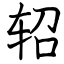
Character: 轺